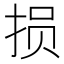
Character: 损